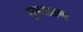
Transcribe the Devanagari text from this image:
द्रवताप